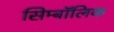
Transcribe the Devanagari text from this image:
सिम्बॉलिक